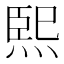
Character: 𤋮